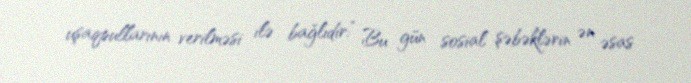
uşaqpullarının verilməsi ilə bağlıdır:” Bu gün sosial şəbəklərin ən əsas